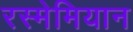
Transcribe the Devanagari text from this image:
रस्मेमियान